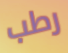
رطب